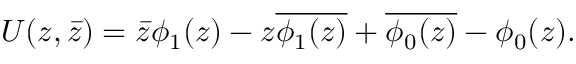
U ( z , \bar { z } ) = \bar { z } \phi _ { 1 } ( z ) - z \overline { { { \phi _ { 1 } ( z ) } } } + \overline { { { \phi _ { 0 } ( z ) } } } - \phi _ { 0 } ( z ) .